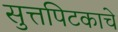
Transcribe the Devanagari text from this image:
सुत्तपिटकाचे